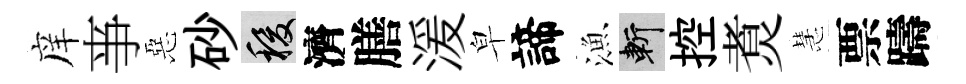
庠亊惡砂稷濟膳湲皁諦漁斬控煑慧票躊